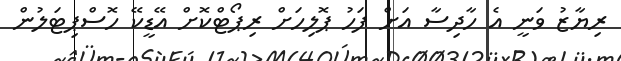
ރިޔާޒު ވަނީ އެ ހާދިސާ އަށް ފަހު ޕޮލިހަށް ރިޕޯޓްކޮށް އޭޑީކޭ ހޮސްޕިޓަލުން